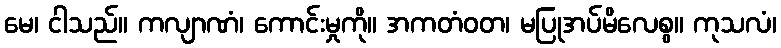
မေ၊ ငါသည်။ ကလျာဏံ၊ ကောင်းမှုကို။ အကတံဝတ၊ မပြုအပ်မိလေစွ။ ကုသလံ၊